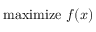
{ \mathrm { m a x i m i z e } } \ f ( x )